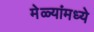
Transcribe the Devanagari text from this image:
मेळ्यांमध्ये